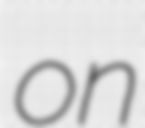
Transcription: on